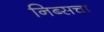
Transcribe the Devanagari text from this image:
निब्सचा